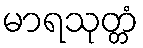
မာရသုတ္တံ